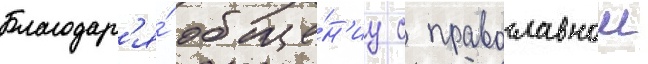
Благодар'я́ обще́н'иу с православнои